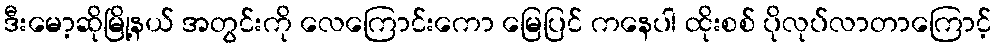
ဒီးမော့ဆိုမြို့နယ် အတွင်းကို လေကြောင်းကော မြေပြင် ကနေပါ ထိုးစစ် ပိုလုပ်လာတာကြောင့်